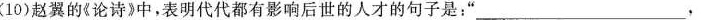
(10)赵翼的《论诗》中，表明代代都有影响后世的人才的句子是：”_____________，